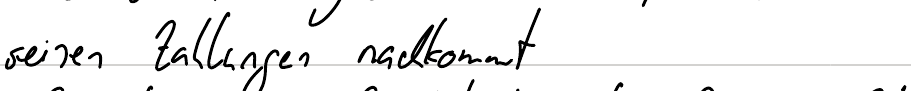
seinen Zahlungen nachkommt